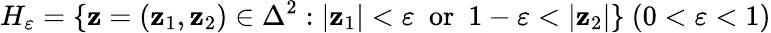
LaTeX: H_{\varepsilon}=\{ \mathbf{z}=(\mathbf{z}_{1},\mathbf{z}_{2})\in\Delta^{2}:|\mathbf{z}_{1}|<\varepsilon\ {\mathrm{{~or~}}}\ 1-\varepsilon<|\mathbf{z}_{2}|\} \ (0<\varepsilon<1)